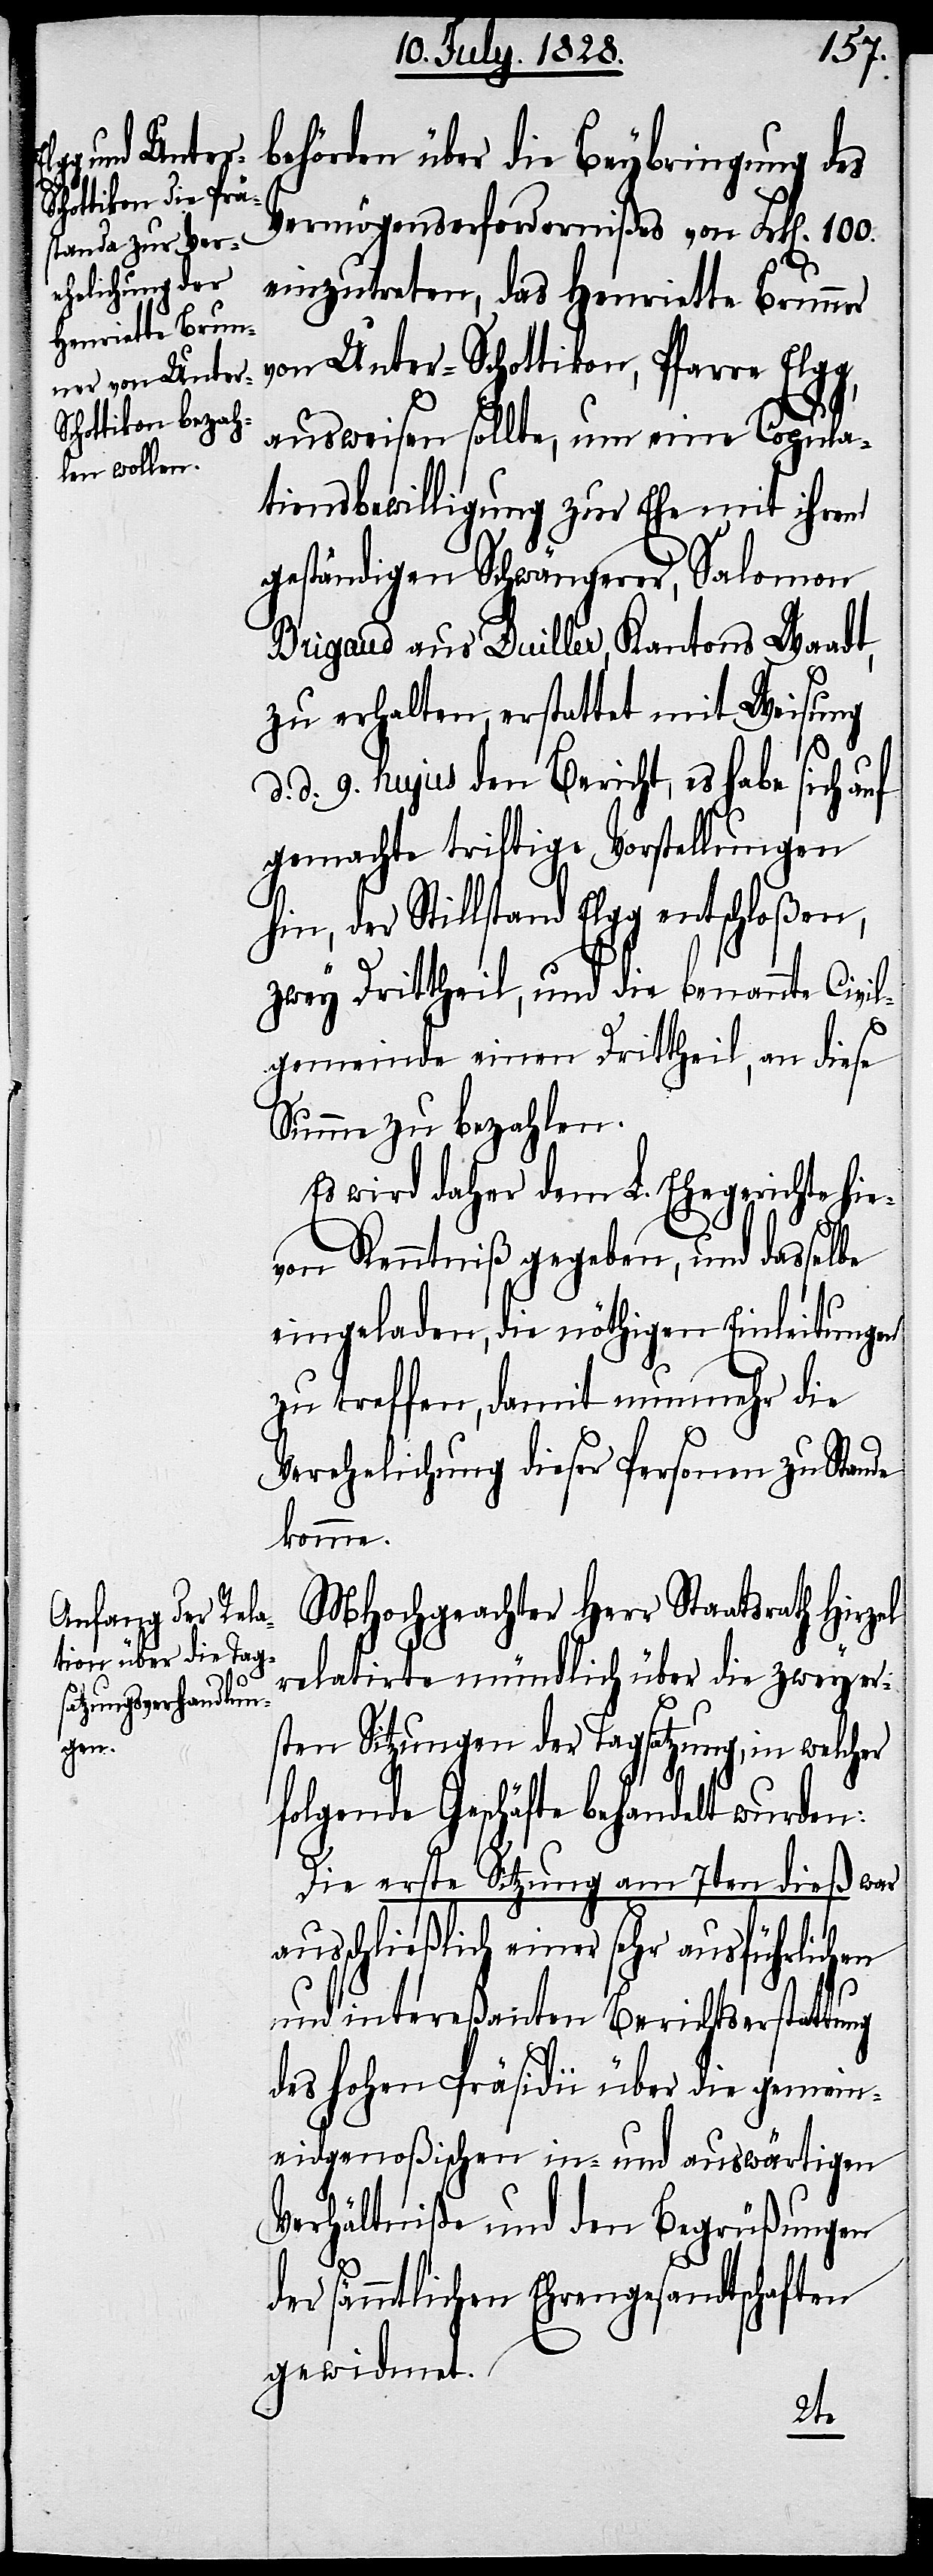
behörden über die Beybringung
des
Vermögenserfordernißes von Frk[en].
einzutreten, das Henriette Brunner
von Unter-Schottikon, Pfarre Elgg,
ausweisen sollte, um eine Copula¬
tionsbewilligung zur Ehe mit ihrem
geständigen Schwängerer, Salomon
Brigaud aus Duiller, Kantons Waadt,
zu erhalten, erstattet mit Weisung
d. d. 9. hujus den Bericht, es habe sich auf
gemachte triftige Vorstellungen
hin, der Stillstand Elgg entschloßen,
zwey Drittheil, und die benannte Civil¬
gemeinde einen Drittheil, an diese
Summe zu bezahlen.
Es wird daher dem L. Ehegerichte hie¬
von Kenntniß gegeben, und dasselbe
eingeladen, die nöthigen Einleitungen
zu treffen, damit nunmehr die
Verehelichung dieser Personen zu Stande
komme.
MHochgeachter Herr Staatsrath Hirzel
relatirte mündlich über die zwey er¬
sten Sitzungen der Tagsatzung, in welcher
folgende Geschäfte behandelt wurden:
Die erste Sitzung am 7ten dieß war
ausschließlich einer sehr ausführlichen
100.
und intereßanten Berichtserstattung
des hohen Präsidii über die gemein¬
eidgenößischen in- und auswärtigen
Verhältniße mit den Begrüßungen
der sämmtlichen Ehrengesandtschaften
gewidmet.